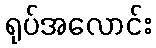
ရုပ်အလောင်း